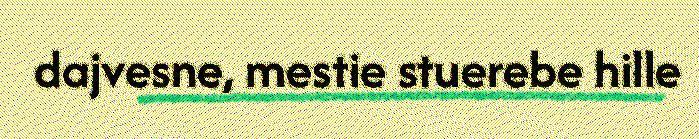
dajvesne, mestie stuerebe hille